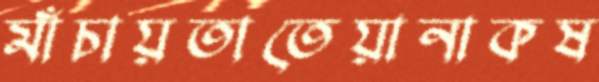
মাঁচায়তাতেয়ানাকষ